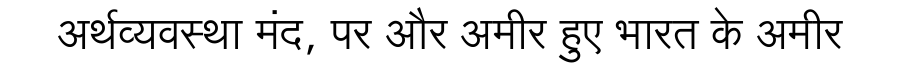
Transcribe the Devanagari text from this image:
अर्थव्यवस्था मंद, पर और अमीर हुए भारत के अमीर